Annual administration report of the Civil Veterinary Department of India - 1898-1899
Year: 1898
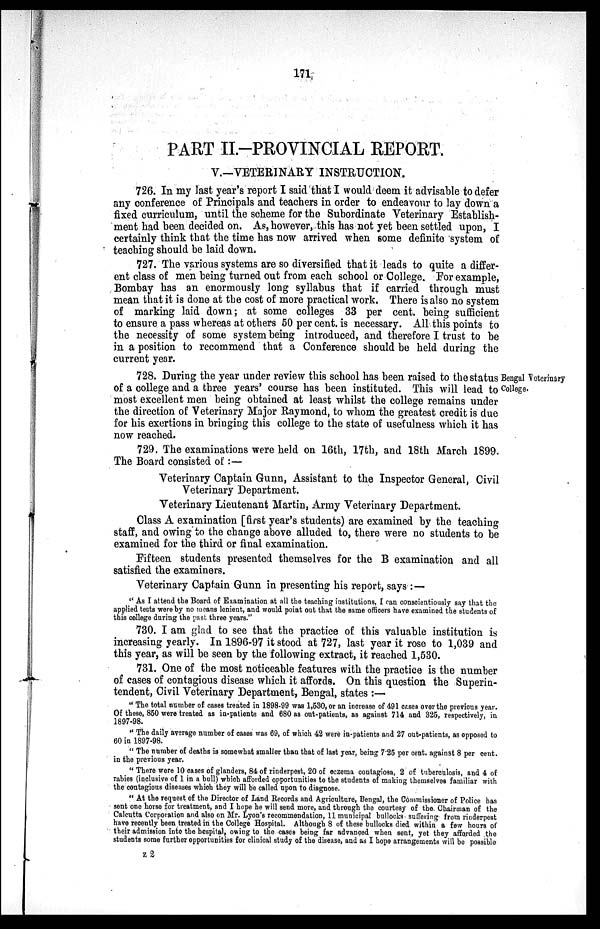
171
PART II.-PROVINCIAL REPORT.
V.—VETERINARY INSTRUCTION.
726. In my last year's report I said that I would deem it advisable to defer
any conference of Principals and teachers in order to endeavour to lay down a
fixed curriculum, until the scheme for the Subordinate Veterinary Establish-
ment had been decided on. As, however, this has not yet been settled upon, I
certainly think that the time has now arrived when some definite system of
teaching should be laid down.
727. The various systems are so diversified that it leads to quite a differ-
ent class of men being turned out from each school or College. For example,
Bombay has an enormously long syllabus that if carried through must
mean that it is done at the cost of more practical work. There is also no system
of marking laid down; at some colleges 33 per cent. being sufficient
to ensure a pass whereas at others 50 per cent. is necessary. All this points to
the necessity of some system being introduced, and therefore I trust to be
in a position to recommend that a Conference should be held during the
current year.
Bengal Veterinary
College.
728. During the year under review this school has been raised to the status
of a college and a three years' course has been instituted. This will lead to
most excellent men being obtained at least whilst the college remains under
the direction of Veterinary Major Raymond, to whom the greatest credit is due
for his exertions in bringing this college to the state of usefulness which it has
now reached.
729. The examinations were held on 16th, 17th, and 18th March 1899.
The Board consisted of:—
Veterinary Captain Gunn, Assistant to the Inspector General, Civil
Veterinary Department.
Veterinary Lieutenant Martin, Army Veterinary Department.
Class A examination [first year's students) are examined by the teaching
staff, and owing to the change above alluded to, there were no students to be
examined for the third or final examination.
Fifteen students presented themselves for the B examination and all
satisfied the examiners.
Veterinary Captain Gunn in presenting his report, says : —
" As I attend the Board of Examination at all the teaching institutions, I can conscientiously say that the
applied tests were by no means lenient, and would point out that the same officers have examined the students of
this college during the past three years."
730. I am glad to see that the practice of this valuable institution is
increasing yearly. In 1896-97 it stood at 727, last year it rose to 1,039 and
this year, as will be seen by the following extract, it reached 1,530.
731. One of the most noticeable features with the practice is the number
of cases of contagious disease which it affords. On this question the Superin-
tendent, Civil Veterinary Department, Bengal, states :—
" The total number of cases treated in 1898-99 was 1,530, or an increase of 491 cases over the previous year.
Of these, 850 were treated as in-patients and 680 as out-patients, as against 714 and 325, respectively, in
1897-98.
" The daily average number of cases was 69, of which 42 were in-patients and 27 out-patients, as opposed to
60 in 1897-98.
" The number of deaths is somewhat smaller than that of last year, being 7.25 per cent. against 8 per cent.
in the previous year.
" There were 10 cases of glanders, 84 of rinderpest, 20 of eczema contagiosa, 2 of tuberculosis, and 4 of
rabies (inclusive of 1 in a bull) which afforded opportunities to the students of making themselves familiar with
the contagious diseases which they will be called upon to diagnose.
" At the request of the Director of Land Records and Agriculture, Bengal, the Commissioner of Police has
sent one horse for treatment, and I hope he will send more, and through the courtesy of the Chairman of the
Calcutta Corporation and also on Mr. Lyon's recommendation, 11 municipal bullocks suffering from rinderpest
have recently been treated in the College Hospital. Although 8 of these bullocks died within a few hours of
their admission into the hospital, owing to the cases being far advanced when sent, yet they afforded the
students some further opportunities for clinical study of the disease, and as I hope arrangements will be possible
z 2